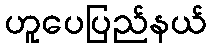
ဟူပေပြည်နယ်